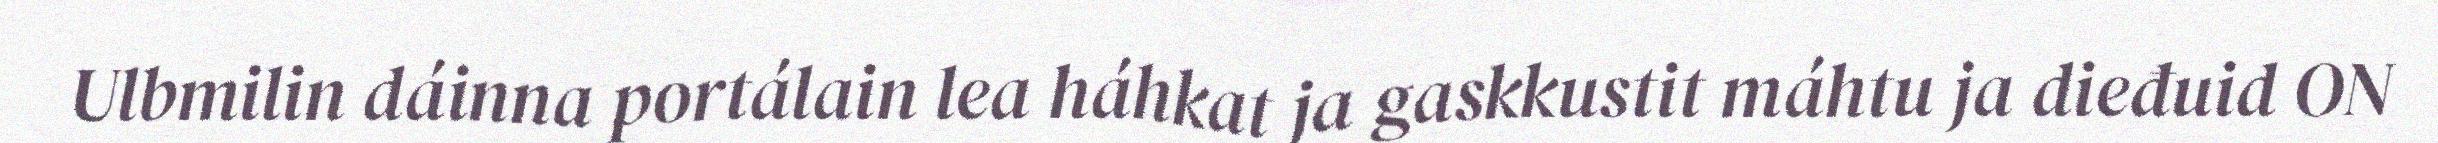
Ulbmilin dáinna portálain lea háhkat ja gaskkustit máhtu ja dieđuid ON